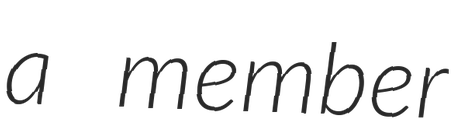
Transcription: a member